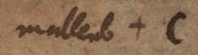
malleab. + c